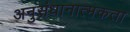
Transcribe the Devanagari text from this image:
अनुसंधानात्मकता